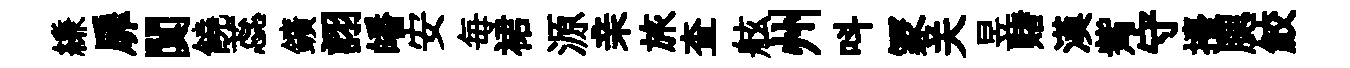
縑扉闃饒蕊鑛詡皤安毎裙源亲旅查舷州呌冡关昱赌漢觜守擡腮鮫